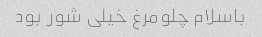
باسلام چلومرغ خیلی شور بود